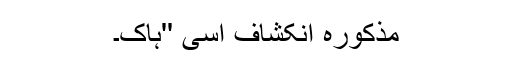
مذکورہ انکشاف اسی ''ہاک۔